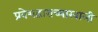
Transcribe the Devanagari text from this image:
प्रवेशद्वाराच्याखाली